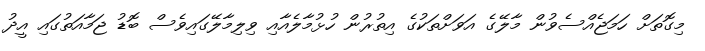
މިގޮތަށް ހަމަޖެއްސެވުން މާލޭގެ އަވަށްތަކުގެ އިތުރުން ހުޅުމާލެއާއި ވިލިމާލޭގައިވެސް ބޮޑު ޖަމާއަތުގައި އީދު